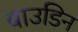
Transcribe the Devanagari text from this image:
बाउडिन